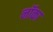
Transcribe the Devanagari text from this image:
नॉका